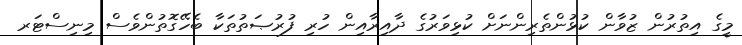
މީގެ އިތުރުން ޒުވާން ކުޅުންތެރިންނަށް ކުޅިވަރުގެ ދާއިރާއިން ހުރި ފުރުޞަތުތަކާ ބެހޭގޮތުންވެސް މިނިސްޓަރ